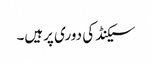
سیکنڈ کی دوری پرہیں۔